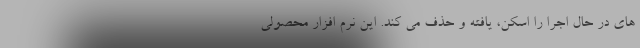
های در حال اجرا را اسکن، یافته و حذف می کند. این نرم افزار محصولی